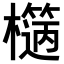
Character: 𣞬